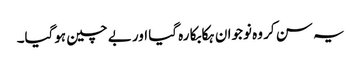
یہ سن کر وہ نوجوان ہکا بکا رہ گیا اور بے چین ہوگیا۔